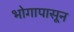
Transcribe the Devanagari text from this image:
भोगापासून